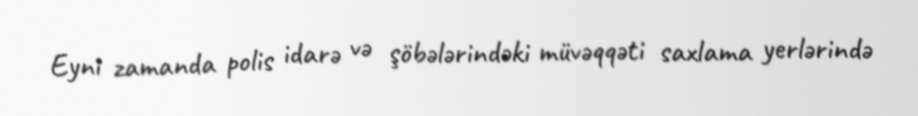
Eyni zamanda polis idarə və şöbələrindəki müvəqqəti saxlama yerlərində